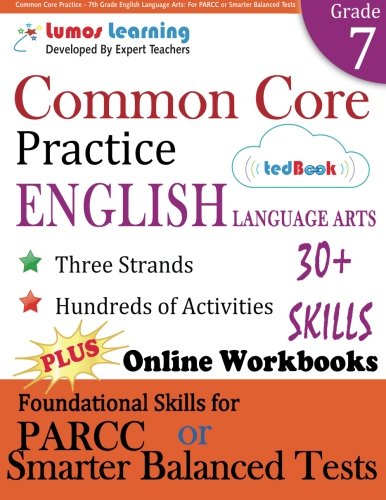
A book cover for Common Core Practice - 7th Grade English Language Arts: Workbooks to Prepare for the PARCC or Smarter Balanced Test: CCSS Aligned (CCSS Standards Practice) (Volume 9); Lumos Learning; Education & Teaching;